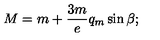
M = m + \frac { 3 m } { e } q _ { m } \sin \beta ;